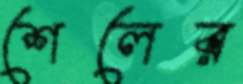
শেলের